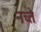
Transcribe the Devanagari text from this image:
नच्ते